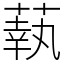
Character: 蓻